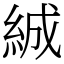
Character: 絾